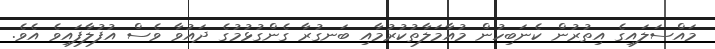
މައްސަލައިގެ އިތުރުން ކެނަބިހުން މުއާމަލާތުކުރުމާއި ބަނގުރާ ގެންގުޅުމުގެ ދައުވާ ވެސް އުފުލާފައިވެ އެވެ.